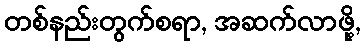
တစ်နည်းတွက်စရာ, အဆက်လာဖို့,